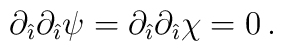
\partial_{\hat{\imath}}\partial_{\hat{\imath}}\psi=\partial_{\hat{\imath}}\partial_{\hat{\imath}}\chi=0\, .